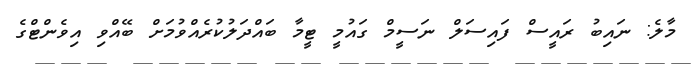
މާލެ: ނައިބު ރައީސް ފައިސަލް ނަސީމް ގައުމީ ޓީމާ ބައްދަލުކުރެއްވުމަށް ބޭއްވި އިވެންޓްގެ